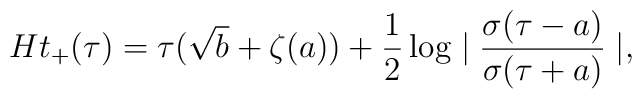
Ht_+(\tau)=\tau(\sqrt{b}+\zeta(a))+\frac{1}{2}\log\mid\frac{\sigma(\tau-a)}{\sigma(\tau+a)}\mid,